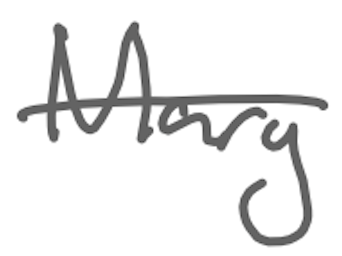
Text: Mary
Cross-out: single-line
Writing tool: digital_gray